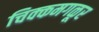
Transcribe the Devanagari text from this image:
चिक्कमगळूर